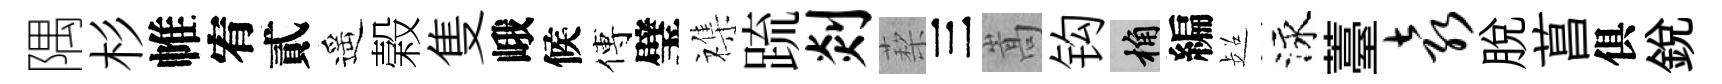
隅杉帷宥貳遥榖隻峨候傅璧襍䟽剡蔾三嵩钩桷編超泳薹袁脱菖俱銳